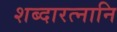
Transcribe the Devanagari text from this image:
शब्दारत्नानि